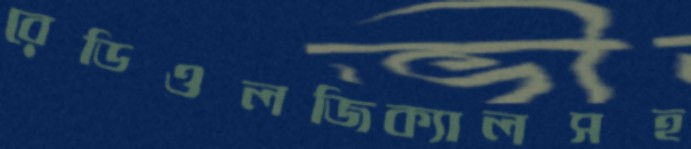
রেডিওলজিক্যালসহ